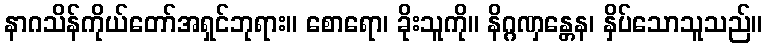
နာဂသိန်ကိုယ်တော်အရှင်ဘုရား။ စောရော၊ ခိုးသူကို။ နိဂ္ဂဏှန္တေန၊ နှိပ်သောသူသည်။